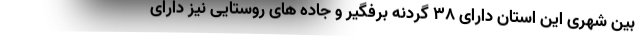
بین شهری این استان دارای ۳۸ گردنه برفگیر و جاده های روستایی نیز دارای